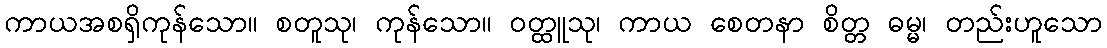
ကာယအစရှိကုန်သော။ စတူသု၊ ကုန်သော။ ဝတ္ထူသု၊ ကာယ စေတနာ စိတ္တ ဓမ္မ၊ တည်းဟူသော